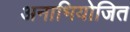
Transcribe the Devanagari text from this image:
अनाभियोजित